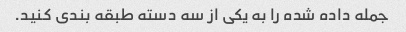
جمله داده شده را به یکی از سه دسته طبقه بندی کنید.